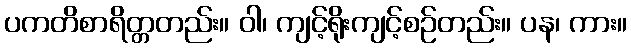
ပကတိစာရိတ္တတည်း။ ဝါ၊ ကျင့်ရိုးကျင့်စဉ်တည်း။ ပန၊ ကား။